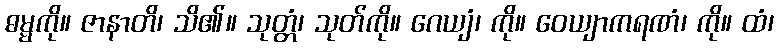
ဓမ္မကို။ ဇာနာတိ၊ သိ၏။ သုတ္တံ၊ သုတ်ကို။ ဂေယျံ၊ ကို။ ဝေယျာကရဏံ၊ ကို။ ထံ၊